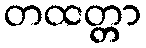
တထတ္တာ